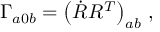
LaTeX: \Gamma _ { a 0 b } = \left( \dot { R } R ^ { T } \right) _ { a b } \, ,